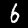
Label: 6